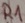
Text: R1